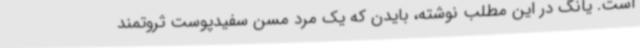
است. یانگ در این مطلب نوشته، بایدن که یک مرد مسن سفیدپوست ثروتمند